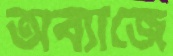
অব্যাজে